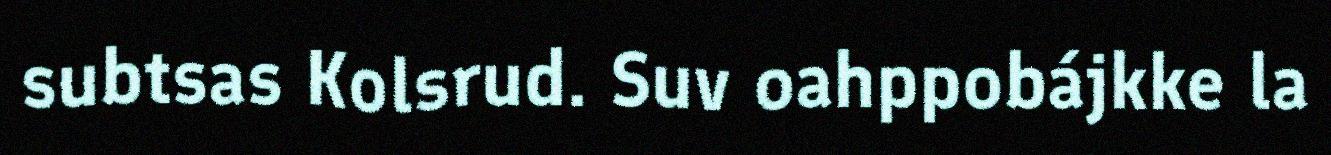
subtsas Kolsrud. Suv oahppobájkke la